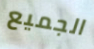
الجميع